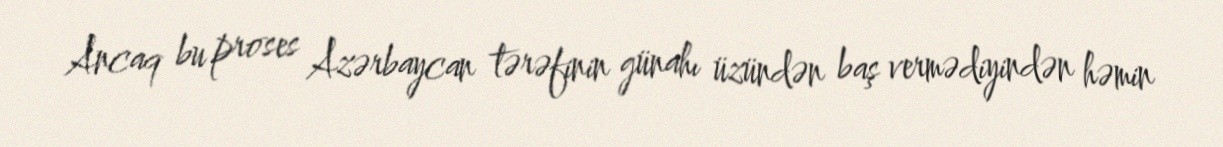
Ancaq bu proses Azərbaycan tərəfinin günahı üzündən baş vermədiyindən həmin